Annual report on the health of the army in India
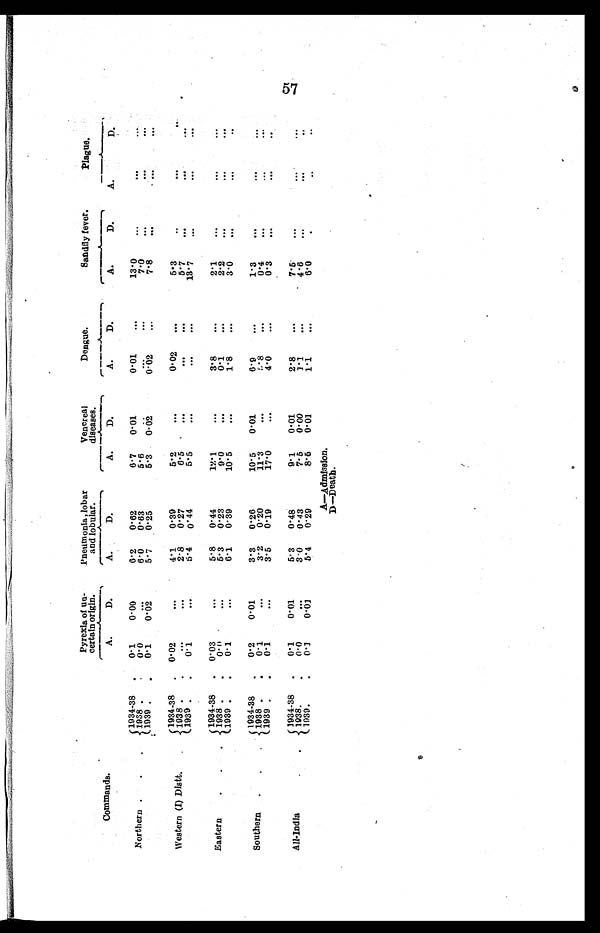
Commands.
Pyrexia of un
¬ c e r t a i n o r i g i n .
Pneumonia, lobar
and lobular.
Venereal
diseases.
Dengue.
Sandfly fever.
plague.
A.
D.
A.
D.
A.
D.
A.
D.
A.
D.
A.
D.
Northern . . .
1934-38
0.1
0.00
6.2 0.62
6.7 0.01
0.01
...
13.0 ...
...
...
1938 . -
0 . 0
. . .
6.0 0.63
5.6
. . .
. . .
. . .
7 . 0
. . .
. .
. . .
1939
. 0.1
0.02
5.7 0.25
5.3 0 . 0 2
0 . 0 2
. . .
7.8
. . .
...
. . .
Western (I) Distt.
1934-38
0.02
. . .
4.1 0.39
5.2
. . .
0.02
. . .
5.3
. . .
. . .
. . .
1 9 3 8
...
...
2.8
0.27
6.5 ...
...
...
5. 7
...
. . .
. . .
1939
. 0.1
. . .
5 . 4 0.44
5.5
...
. . .
. . .
13.7
. . .
. . .
. . .
Eastern
. . .
1934-38 . 0.03
. . .
5.8 0.44
12.1
...
3.8
. . .
2. 1
. . .
. . .
...
1938
.
0 . 0
. . .
5.3
0 . 2 3
9.0
. . .
0.1
. . .
2 . 2
. . .
. . .
. . .
1939
. O.1
. . .
6.1 0.39
10.5
. . .
1.8 ...
3 . 0
. . .
. . .
. . .
Southern . . . 1934-38
0.2
0.01
3.3 0.26
10.5 0.01
6.9
. . .
1.3
. . .
...
...
1938
0.1
...
3.2
0 . 2 0
11.3
. . .
5 . 8
- .
0.4
. . .
. . .
. . .
1939 . . 0.1
...
3.5 0.19
17.0
...
4.0
. . .
0 . 3
. . .
...
. . .
All-India
. .
1934-38 . 0.1
0.01
5.3 0.48
9.1 0.01
2.8
. . .
7.5
...
. . .
...
1938.
. 0.0 ...
3.0 0.43
7 . 5 0.00
1.1
...
4.6
...
...
. . .
1939
. 0 . 1
0 . 0 1
5.4 0.29
8.5
0.01
1.1
. . .
6 . 0
. . .
. . .
. . .
A—Admission.
D—Death.